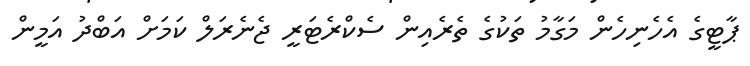
ޕާޓީގެ އެހެނިހެން މަގާމު ތަކުގެ ތެރެއިން ސެކްރެޓަރީ ޖެނެރަލް ކަމަށް އަބްދު އަމީން